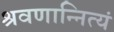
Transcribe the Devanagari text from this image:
श्रवणान्नित्यं